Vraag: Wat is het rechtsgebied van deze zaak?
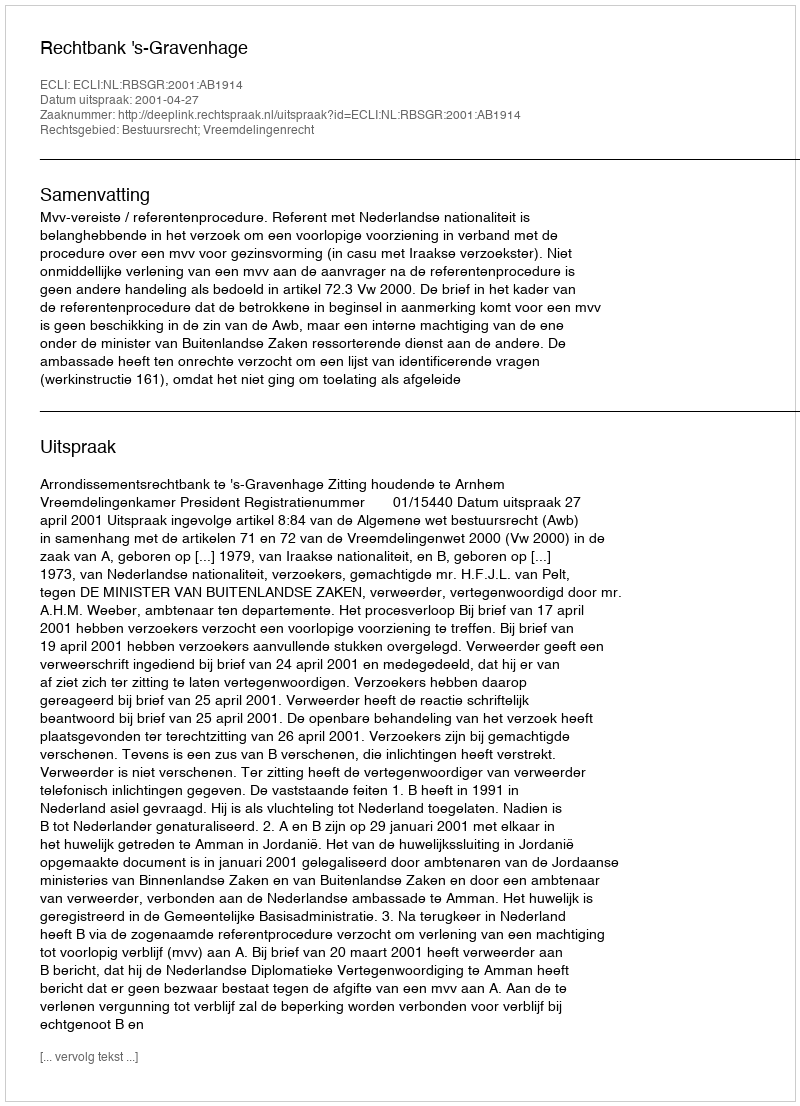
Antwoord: Bestuursrecht; Vreemdelingenrecht